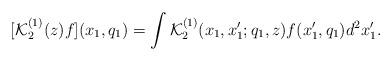
LaTeX: \begin{align*} [\mathcal{K}_2^{(1)} (z) f] (x_1 , q_1) = \int \mathcal{K}_2^{(1)} (x_1, x_1' ;q_1 , z) f(x_1' , q_1) d^2 x_1' . \end{align*}